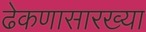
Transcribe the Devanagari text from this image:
ढेकणासारख्या